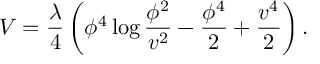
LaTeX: V = { \frac { \lambda } { 4 } } \left( \phi ^ { 4 } \log { \frac { \phi ^ { 2 } } { v ^ { 2 } } } - { \frac { \phi ^ { 4 } } { 2 } } + { \frac { v ^ { 4 } } { 2 } } \right) .